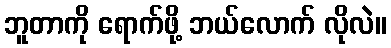
ဘူတာကို ရောက်ဖို့ ဘယ်လောက် လိုလဲ။